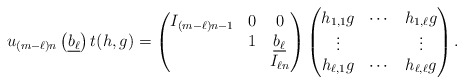
\begin{align*}u_{(m-\ell)n}\left(\underline{b_\ell}\right)t(h,g)= \begin{pmatrix}I_{(m-\ell)n-1}&0&0\\&1&\underline{b_\ell}\\ &&I_{\ell n}\end{pmatrix} \begin{pmatrix}h_{1,1}g&\cdots&h_{1,\ell}g\\\vdots&&\vdots\\h_{\ell,1}g&\cdots&h_{\ell,\ell}g\end{pmatrix}.\end{align*}